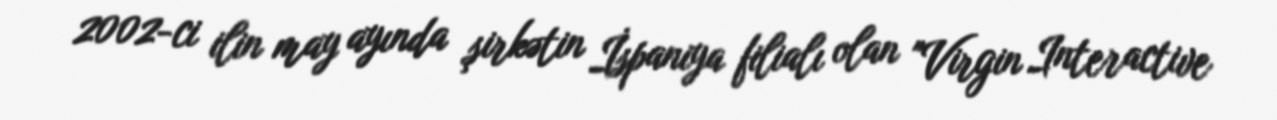
2002-ci ilin may ayında şirkətin İspaniya filialı olan "Virgin Interactive